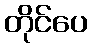
တိုင်ပေ